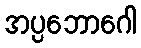
အပ္ပဘောဂေါ